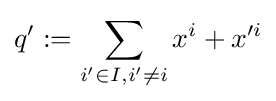
q':=\sum _{i'\in I,i'\neq i}x^{i}+x'^{i}